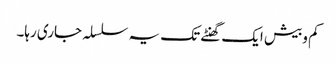
کم وبیش ایک گھنٹے تک یہ سلسلہ جاری رہا۔